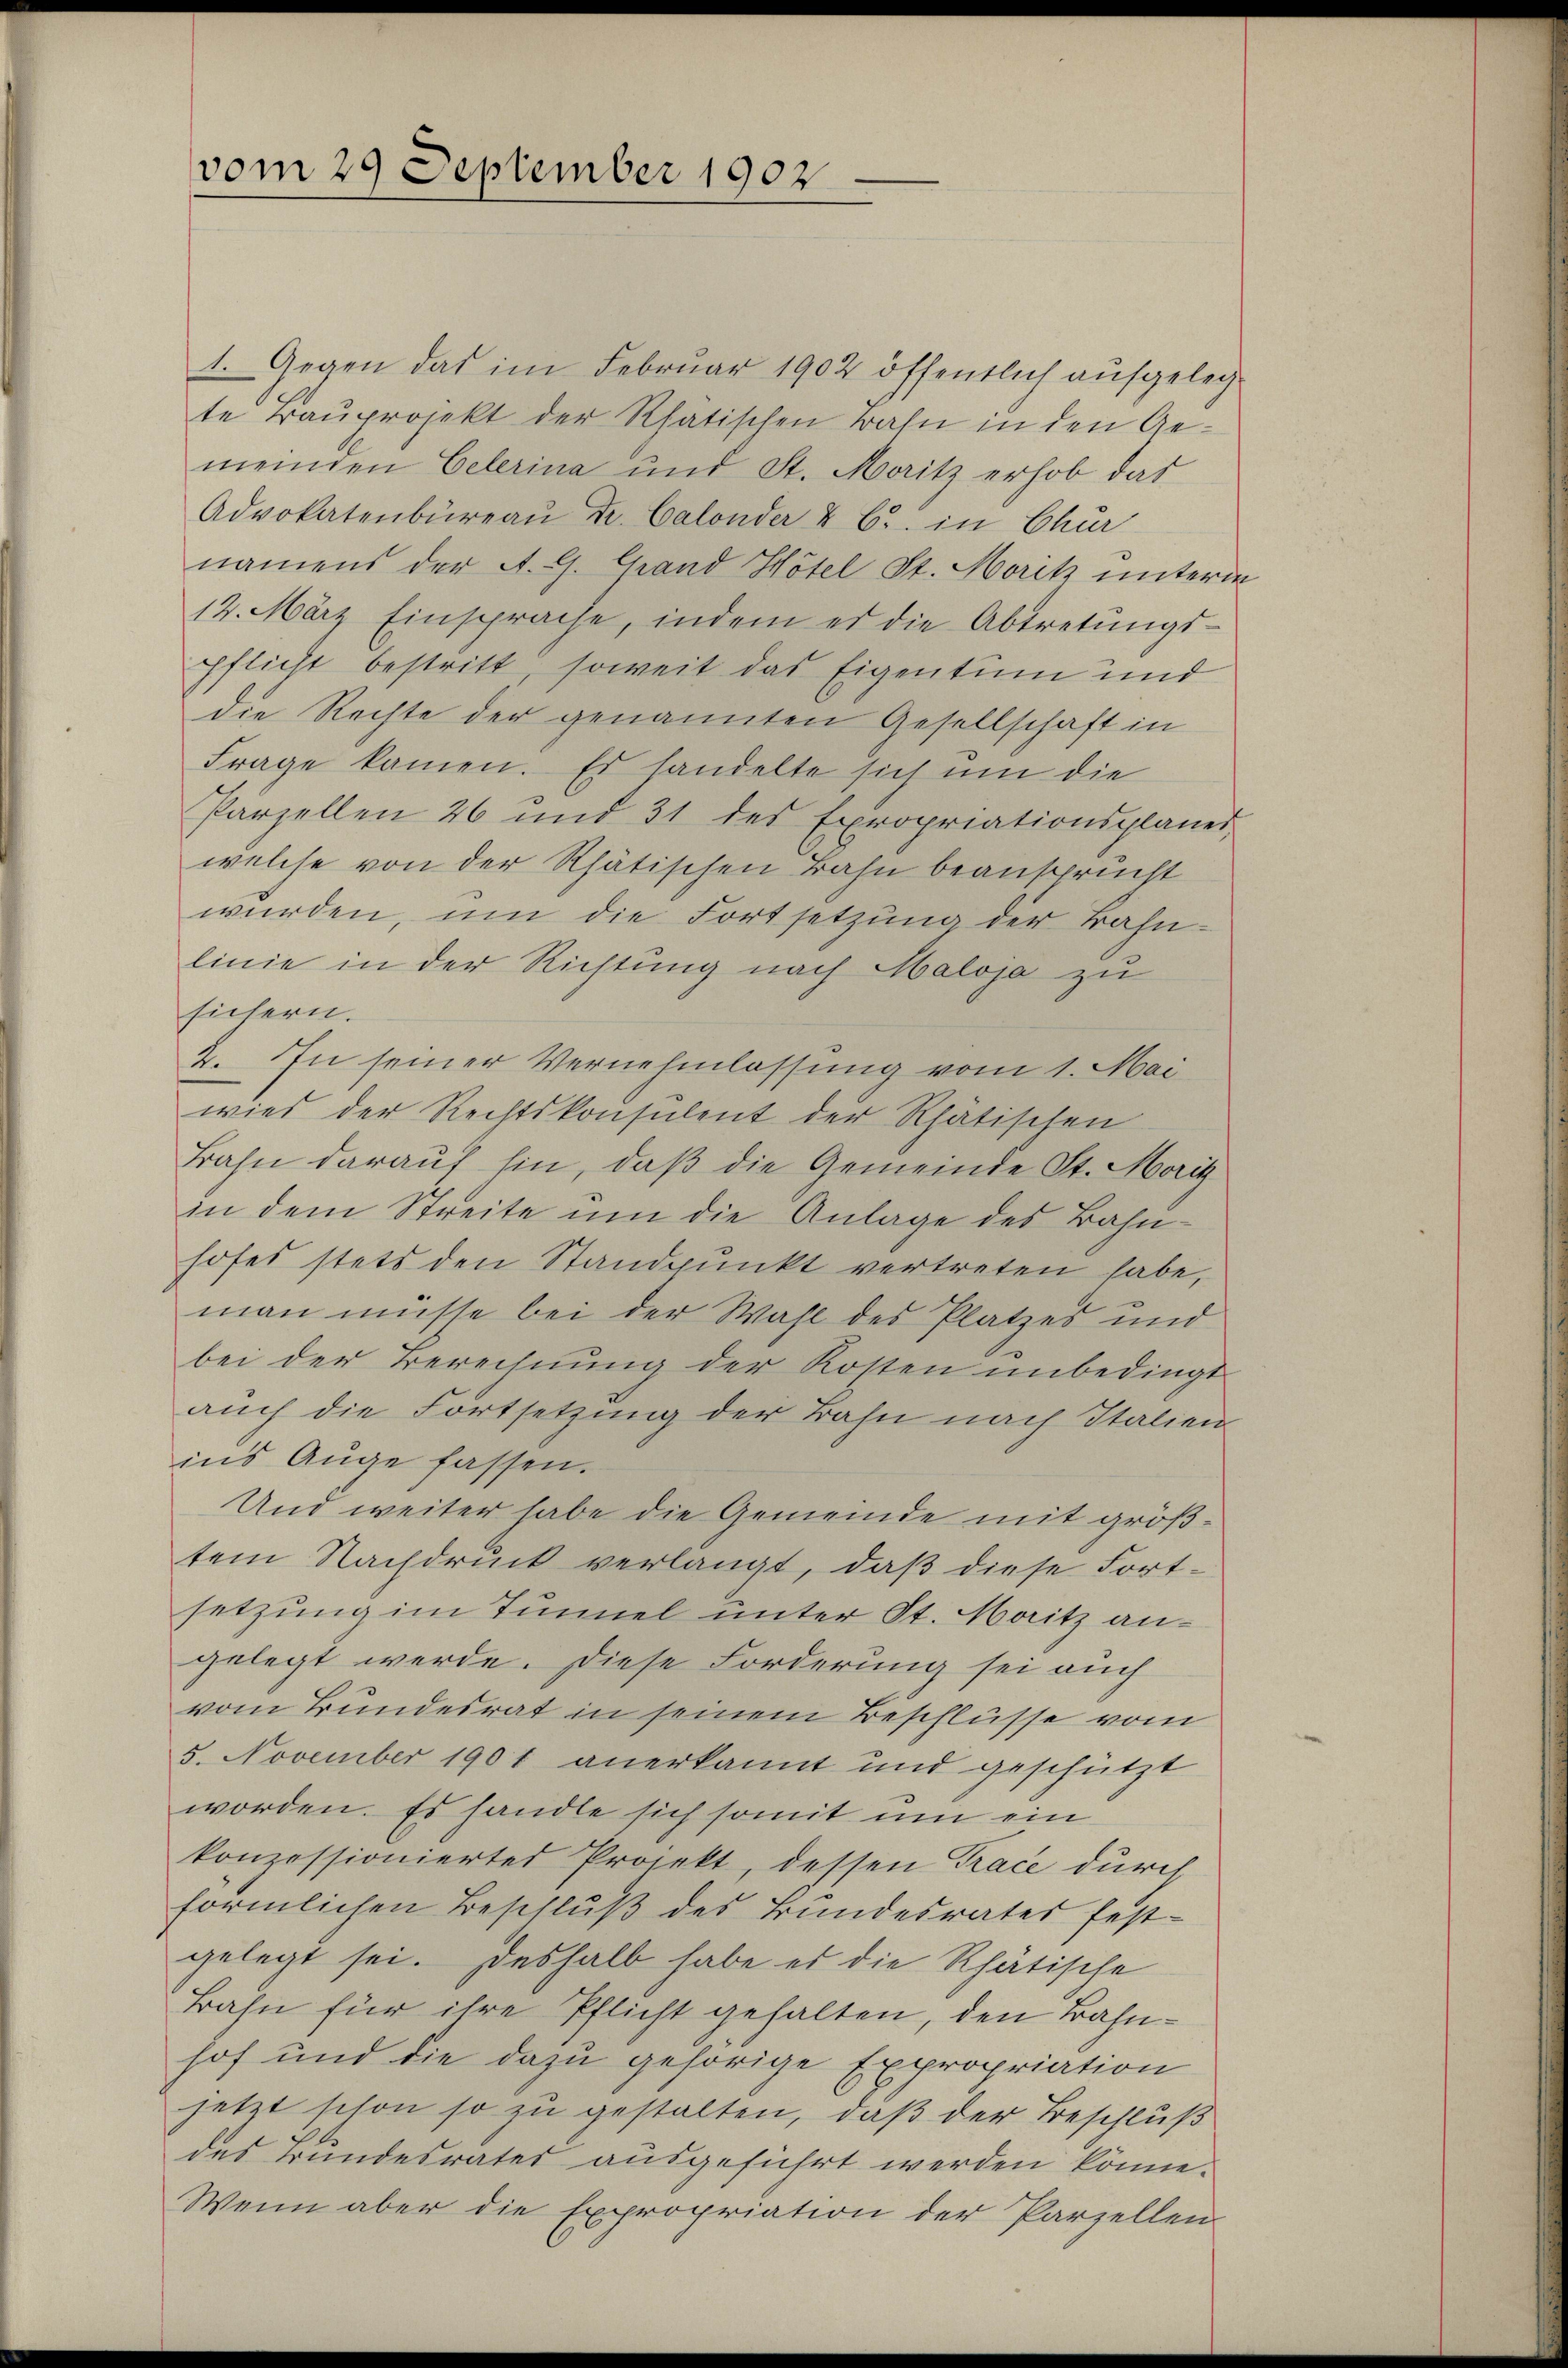
vom 29 September 1902

1. Gegen das im Februar 1902 öffentlich aufgelegte Bauprojekt der Rhatischen Bahn in den Gemeinden Celerina und St. Moritz erhob das
Advokatenbüreaŭ Dr. Calonder & B. in Chur
namens der A. G. Grand Hotel St. Moritz untern
14. März Einsprache, indem er die Abtretŭngs-
pflicht bestritt, soweit das Eigentum und
die Rechte der genannten Gesellschaft in
Frage kamen. Es handelte sich um die
Parzellen 26 und 31 des Expropriationsplaner
welche von der Rhätischen Bahn beansprucht
wurden, um die Fortsetzung der Bahnlinie in der Richtung nach Maloja zu
sichern.
2. In seiner Vernehmlassung vom 1. Mai
wies der Rechtskonsulent der Rhätischen
Bahn darauf hin, daß die Gemeinde St. Morit
in dem Streite um die Anlage des Bahnhofes stets den Standpunkt vertreten habe,
man müsse bei der Wahl des Platzes und
bei der Berechnung der Kosten unbedingt
auch die Fortsetzung der Bahn nach Italien
ins Auge fassen.
Und weiter habe die Gemeinde mit größtem Nachdruck verlangt, daß diese Fortsetzung im Tunnel unter St. Maitz angelegt werde. Diese Forderung sei auch
vom Bundesrat in seinem Beschlüsse vom
5. November 1901 anerkannt und geschützt
worden. Es handle sich somit um ein
konzessioniertes Projekt, dessen Trace durch
förmlichen Beschluß des Bundesrates festgelegt sei. Deshalb habe es die Rhätische
Bahn für ihre Pflicht gehalten, den Bahnhof und die dazu gehörige Expropriation
jetzt schon so zu gestalten, daß der Beschluß
des Bundesrates ausgeführt werden könne.
Wenn aber die Expropriation der Parzellen